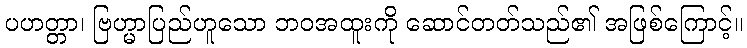
ပဟတ္တာ၊ ဗြဟ္မာပြည်ဟူသော ဘဝအထူးကို ဆောင်တတ်သည်၏ အဖြစ်ကြောင့်။